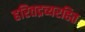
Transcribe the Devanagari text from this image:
हरितद्रव्यरहित